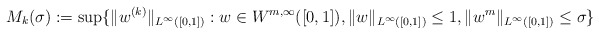
\begin{align*}M_k(\sigma):=\sup\{ \|w^{(k)}\|_{L^{\infty}([0,1])}: w\in W^{m, \infty}([0,1]), \|w\|_{L^{\infty}([0,1])} \leq 1, \|w^{m}\|_{L^{\infty}([0,1])} \leq \sigma\}\end{align*}